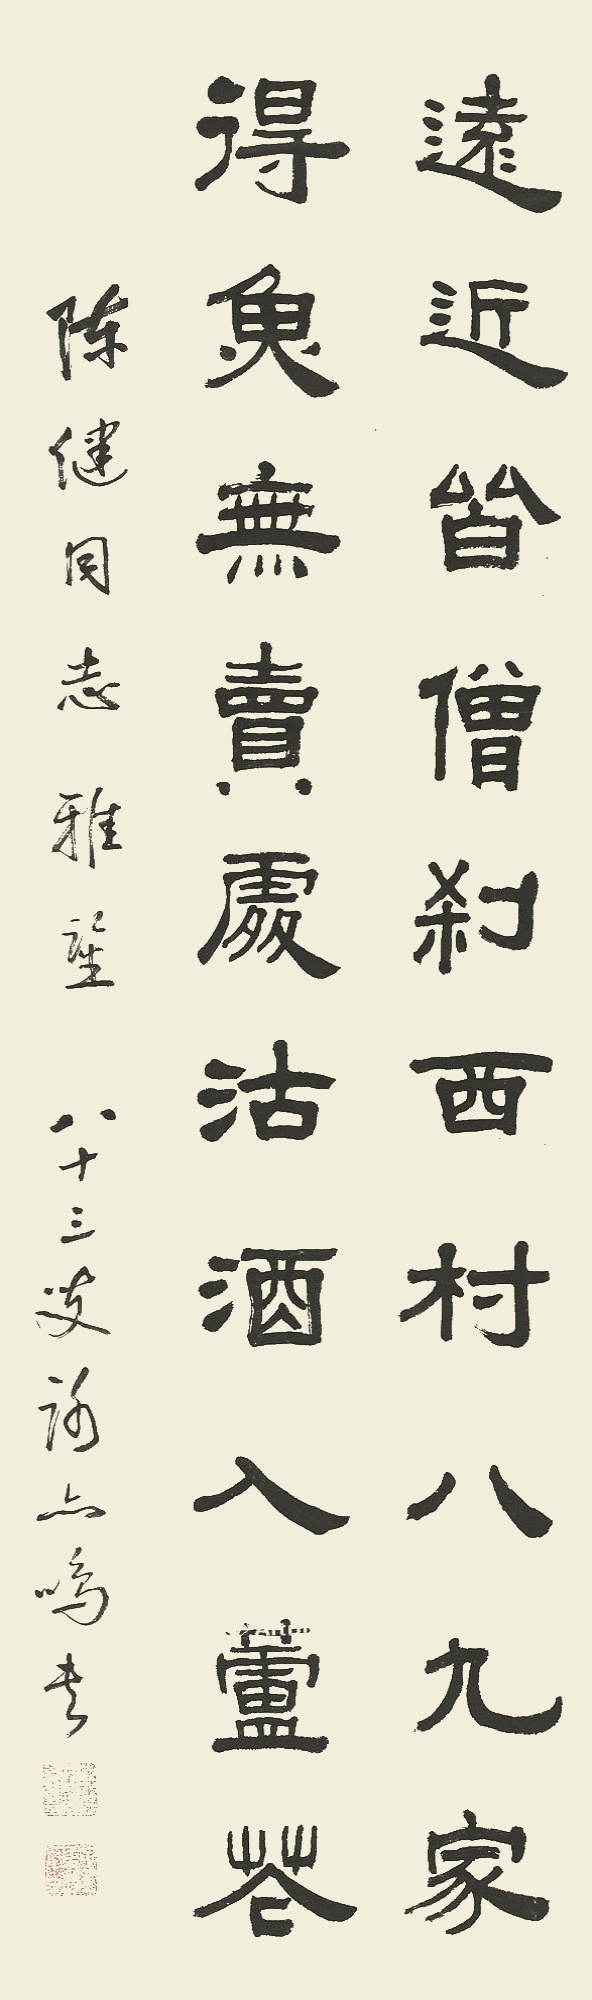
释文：西村远近皆僧刹，西村八九家。得鱼无卖处，沽酒入芦花。陈健同志雅鉴八十三叟海上鸣书